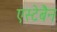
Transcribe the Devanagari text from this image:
एस्टेबैन